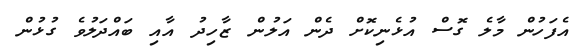
އެފަހުން މާލެ ގޮސް އުޅެނިކޮށް ދެން އަލުން ޒާހިދު އާއި ބައްދަލުވެ ގުޅުން